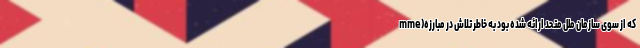
mme)که از سوی سازمان ملل متحد ارائه شده بود به خاطر تلاش ‌در مبارزه